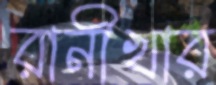
রানীখার